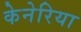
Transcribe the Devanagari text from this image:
केनेरिया